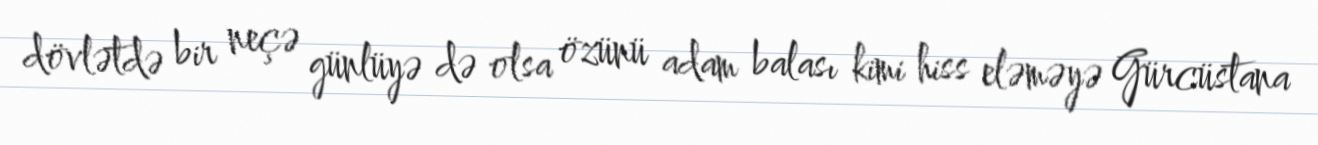
dövlətdə bir neçə günlüyə də olsa özünü adam balası kimi hiss eləməyə Gürcüstana